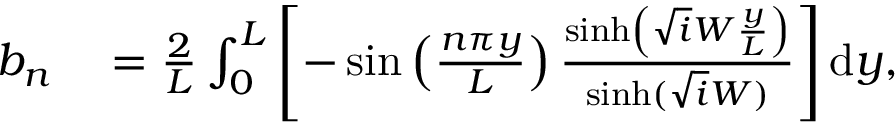
\begin{array} { r l } { b _ { n } } & { { } = \frac { 2 } { L } \int _ { 0 } ^ { L } \left[ - \sin \left( \frac { n \pi y } { L } \right) \frac { \sinh \left( \sqrt i W \frac { y } { L } \right) } { \sinh ( \sqrt i W ) } \right] \mathrm { d } y , } \end{array}